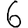
Digit: 6